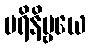
ပရိနိဗ္ဗယေ